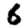
Digit: 6